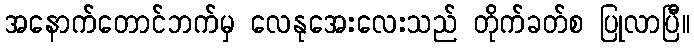
အနောက်တောင်ဘက်မှ လေနုအေးလေးသည် တိုက်ခတ်စ ပြုလာပြီ။